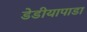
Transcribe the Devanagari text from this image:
डेडीयापाडा